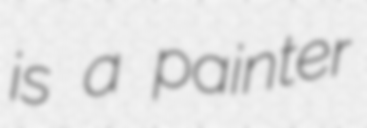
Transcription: is a painter